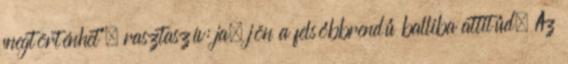
megtörténhet". rasztaszív: ja, jön a felsőbbrendű balliba attitűd. Az